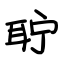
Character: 聍